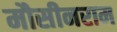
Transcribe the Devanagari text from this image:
मौसीनराम